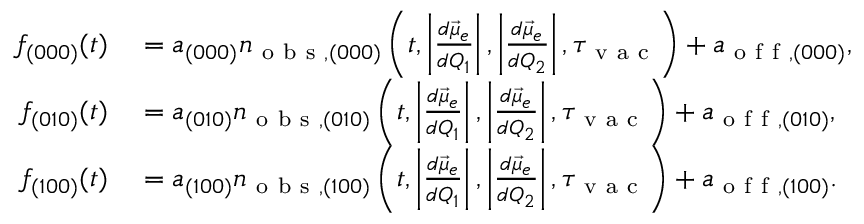
\begin{array} { r l } { f _ { ( 0 0 0 ) } ( t ) } & { { } = a _ { ( 0 0 0 ) } n _ { \mathrm { ~ o ~ b ~ s ~ } , ( 0 0 0 ) } \left( t , \left| \frac { d \vec { \mu } _ { e } } { d Q _ { 1 } } \right| , \left| \frac { d \vec { \mu } _ { e } } { d Q _ { 2 } } \right| , \tau _ { \mathrm { ~ v ~ a ~ c ~ } } \right) + a _ { \mathrm { ~ o ~ f ~ f ~ } , ( 0 0 0 ) } , } \\ { f _ { ( 0 1 0 ) } ( t ) } & { { } = a _ { ( 0 1 0 ) } n _ { \mathrm { ~ o ~ b ~ s ~ } , ( 0 1 0 ) } \left( t , \left| \frac { d \vec { \mu } _ { e } } { d Q _ { 1 } } \right| , \left| \frac { d \vec { \mu } _ { e } } { d Q _ { 2 } } \right| , \tau _ { \mathrm { ~ v ~ a ~ c ~ } } \right) + a _ { \mathrm { ~ o ~ f ~ f ~ } , ( 0 1 0 ) } , } \\ { f _ { ( 1 0 0 ) } ( t ) } & { { } = a _ { ( 1 0 0 ) } n _ { \mathrm { ~ o ~ b ~ s ~ } , ( 1 0 0 ) } \left( t , \left| \frac { d \vec { \mu } _ { e } } { d Q _ { 1 } } \right| , \left| \frac { d \vec { \mu } _ { e } } { d Q _ { 2 } } \right| , \tau _ { \mathrm { ~ v ~ a ~ c ~ } } \right) + a _ { \mathrm { ~ o ~ f ~ f ~ } , ( 1 0 0 ) } . } \end{array}